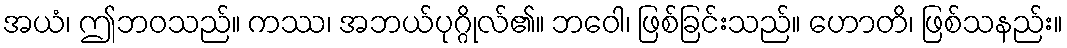
အယံ၊ ဤဘဝသည်။ ကဿ၊ အဘယ်ပုဂ္ဂိုလ်၏။ ဘဝေါ၊ ဖြစ်ခြင်းသည်။ ဟောတိ၊ ဖြစ်သနည်း။